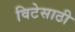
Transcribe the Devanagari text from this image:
विटेसाठी